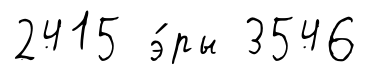
2415 э́ры 3546